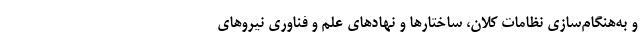
و به­هنگام­سازی نظامات کلان، ساختارها و نهادهای علم و فناوری نیروهای